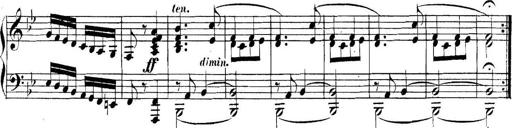
Title: Collected Piano Sonatas
Composer: Muzio Clementi